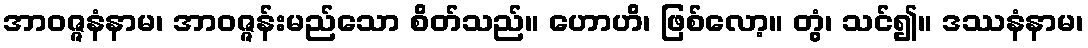
အာဝဇ္ဇနံနာမ၊ အာဝဇ္ဇန်းမည်သော စိတ်သည်။ ဟောဟိ၊ ဖြစ်လော့။ တွံ၊ သင်၍။ ဒဿနံနာမ၊